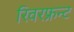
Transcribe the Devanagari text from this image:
रिवरफ्रन्ट